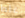
غلط